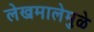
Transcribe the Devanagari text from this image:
लेखमालेमुळे